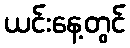
ယင်းနေ့တွင်